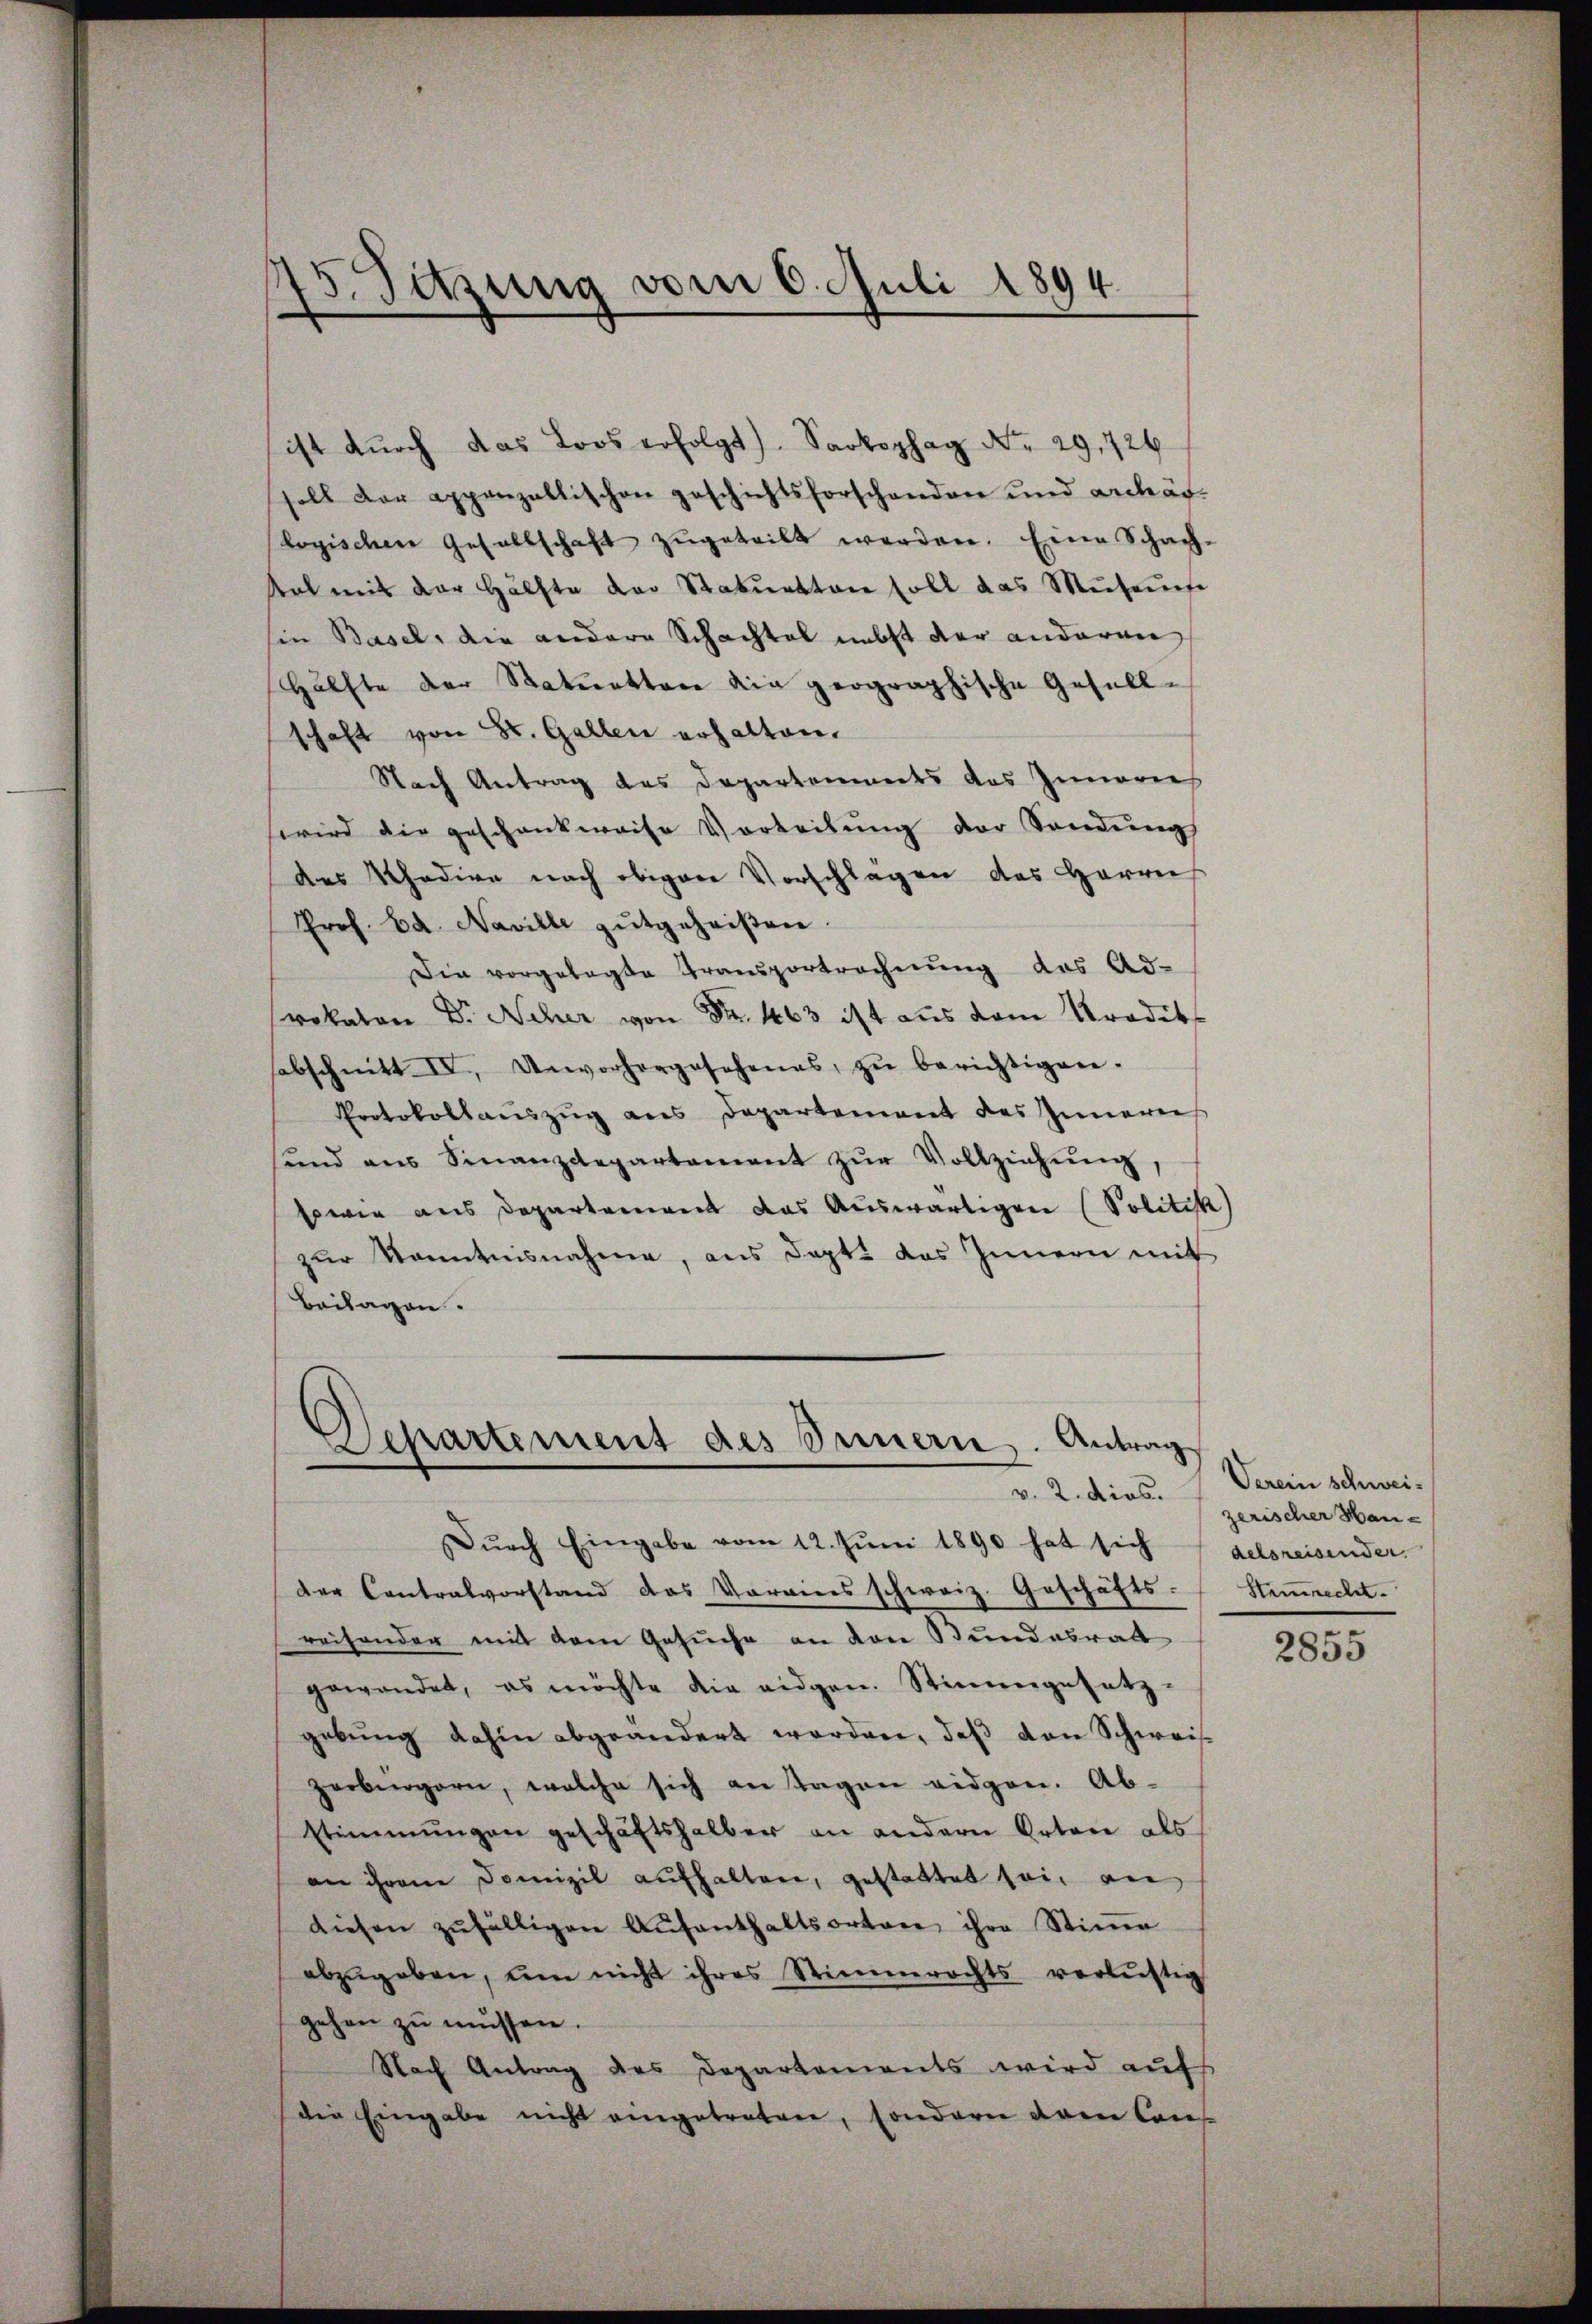
5. Sitzung vom 6. Juli 1894.

ist durch das Loos erfolgt. Sookophag No. 29,724
all der appenzellischen geschichtsforschenden und anhär-
logischen Gesellschaft zŭgeteilt werden. Eine Schach-
Rat mit der Hälfte der Statuetten soll das Mŭsenese
in Basel, die andere Schachtel nebst der anderen
Hälfte der Statuettare die geographische Gesellschaft von St. Gallen erhalten.
Nach Antrag des Departements des Innerich
wird die geschankweise Vorteilŭng der Sandŭng
des Thadire nach obigen Vorschlägen des Herrn
Prof. Ed. Naville gutgeheißen.
Die vorgelegte Transportrechnung des Ad-
rokaten Dr. Acher von Fr. 463 ist aus dem Tradits
sabschnitt. IV, Unvorhergesehenes, zŭ berichtigen.
Protokollauszug aus Departement des Innereis
und ans Finanzdepartament zŭr Vollziehŭng
sowie aus Departement das Auswärtigen (Politik
zur Kenntnisnahme, aus dept. das Innern mit
Beilagen.

Departement des Innern. Antrag
v. 2. dies.

Dŭrch Eingabe vom 12. Juni 1890 hat sich
der Contralvorstand das Vereins schweiz. Geschäfts-
reisonder mit dem Gesuche an den Bundesrath
gewandet, es möchte die eidgen. Stimmgesetz-
gebŭng dahin abgeändert worden, daβ von Schweis-
zerbürgern, welche sich an Tagen eidgen. Abstimmungen geschäftshalber an andern Orten als
an ihren Domizil aŭfhalten, gestattet sei an
diesen zŭfälligen Aŭfenthaltsortare ihre Stiṁe
abzŭgeben, um nicht ihres Stimmrechts verlustig
gehen zu müssen.
Nach Antrag des Departements wird aufs
die Eingabe nicht eingetreten, sondern dann Cons

Verein schweizerischer Handelsreisender
Stenrecht.

2855